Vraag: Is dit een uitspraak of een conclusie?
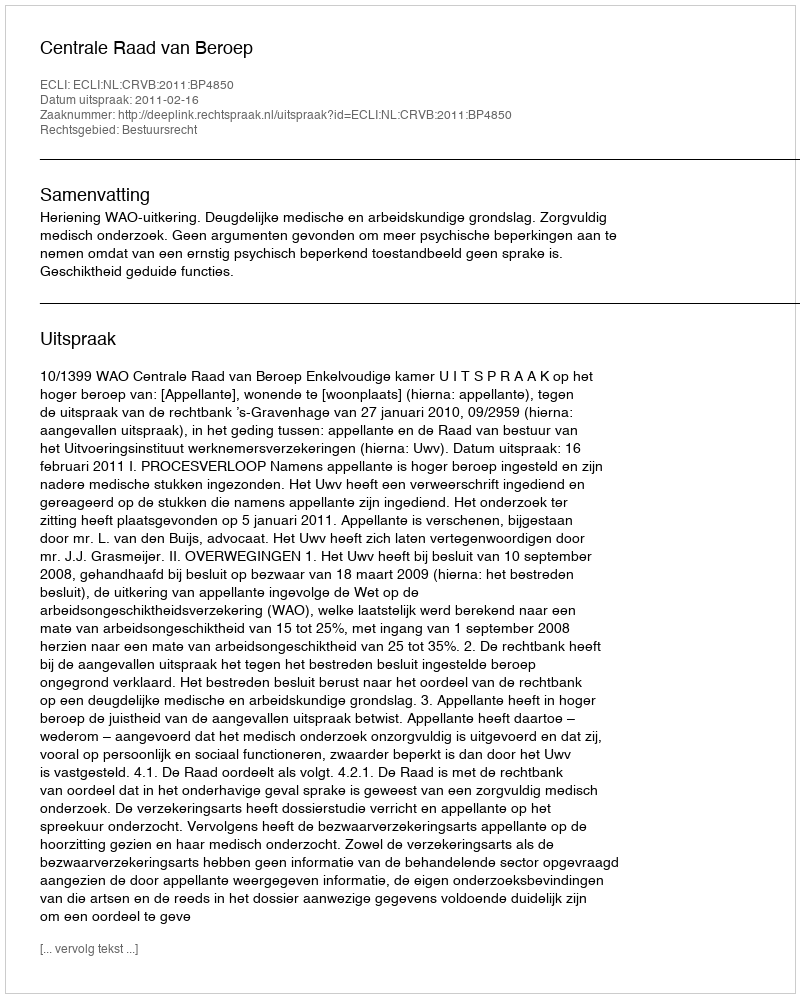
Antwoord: Uitspraak